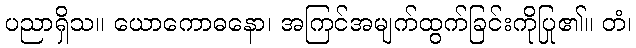
ပညာရှိသ။ ယောကောဓနော၊ အကြင်အမျက်ထွက်ခြင်းကိုပြု၏။ တံ၊